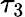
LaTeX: \tau_{3}